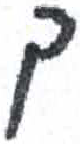
אות: ך